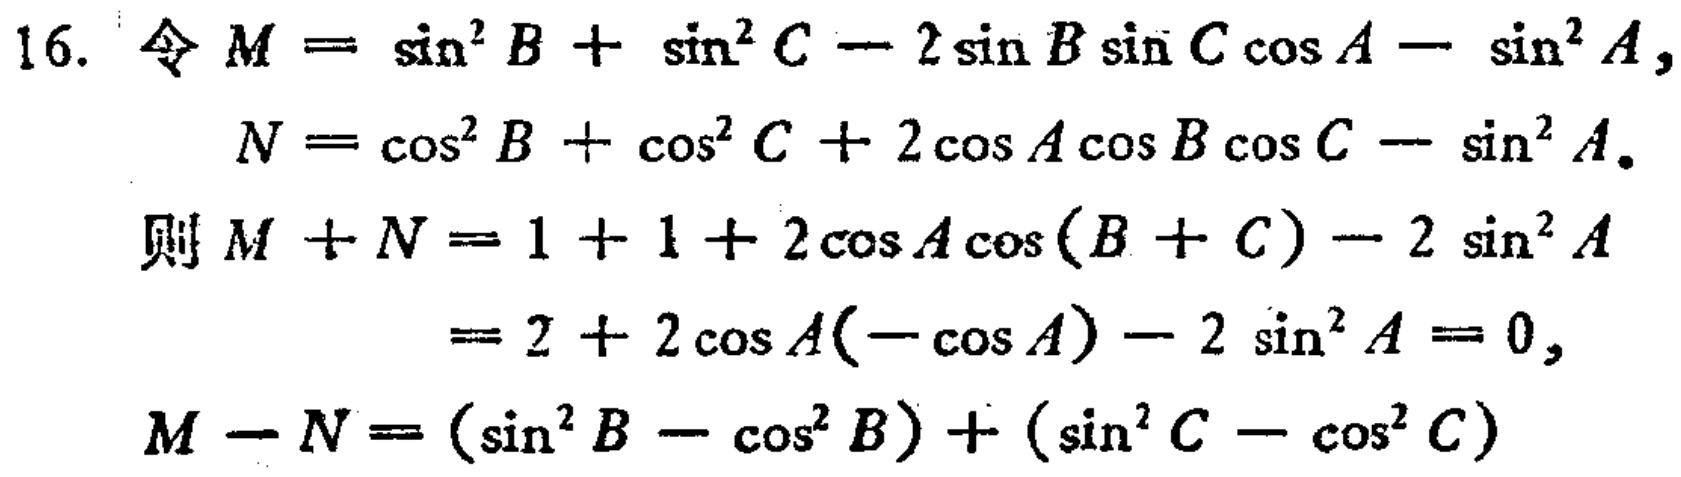
16. 令 \(M = \sin^{2}B+\sin^{2}C - 2\sin B\sin C\cos A-\sin^{2}A\)，

   \(N=\cos^{2}B+\cos^{2}C + 2\cos A\cos B\cos C-\sin^{2}A\)。

   则 \(M + N=1 + 1+2\cos A\cos(B + C)-2\sin^{2}A\)

             \(=2 + 2\cos A(-\cos A)-2\sin^{2}A = 0\)，

   \(M - N=(\sin^{2}B-\cos^{2}B)+(\sin^{2}C-\cos^{2}C)\)